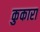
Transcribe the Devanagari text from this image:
कुकारा